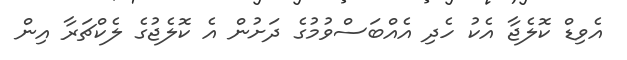
އެވިޑް ކޮލެޖާ އެކު ހެދި އެއްބަސްވުމުގެ ދަށުން އެ ކޮލެޖުގެ ލެކްޗަރާ އިން